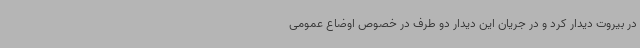
در بیروت دیدار کرد و در جریان این دیدار دو طرف در خصوص اوضاع عمومی